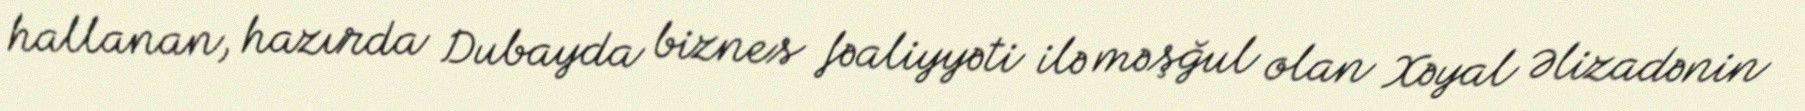
hallanan, hazırda Dubayda biznes fəaliyyəti ilə məşğul olan Xəyal Əlizadənin